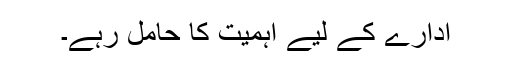
ادارے کے لیے اہمیت کا حامل رہے۔